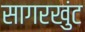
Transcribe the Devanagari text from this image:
सागरखुंट